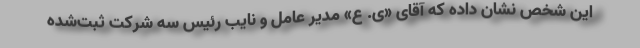
این شخص نشان داده که آقای «ی. ع» مدیر عامل و نایب رئیس سه شرکت ثبت‌شده